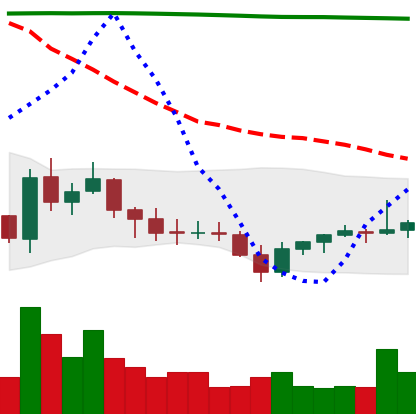
Ticker: EOS-USD
Chart end date: 2021-07-27
Forward return: 5.081%
Label: up_5_7